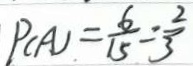
P ( A ) = \frac { 6 } { 1 5 } = \frac { 2 } { 3 }